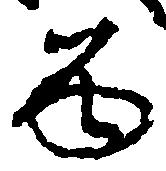
留